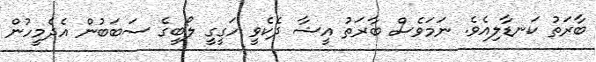
ބާރަތު ކަނޑާލިއެވެ. ނަމަވެސް ބާރަތު އީޝާ ދެކެވީ ހަގީގީ ލޯބީގެ ސަބަބުން އެދެމީހުން